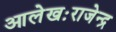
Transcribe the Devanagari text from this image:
आलेखःराजेन्द्र